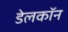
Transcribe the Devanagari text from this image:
डेलकॉन